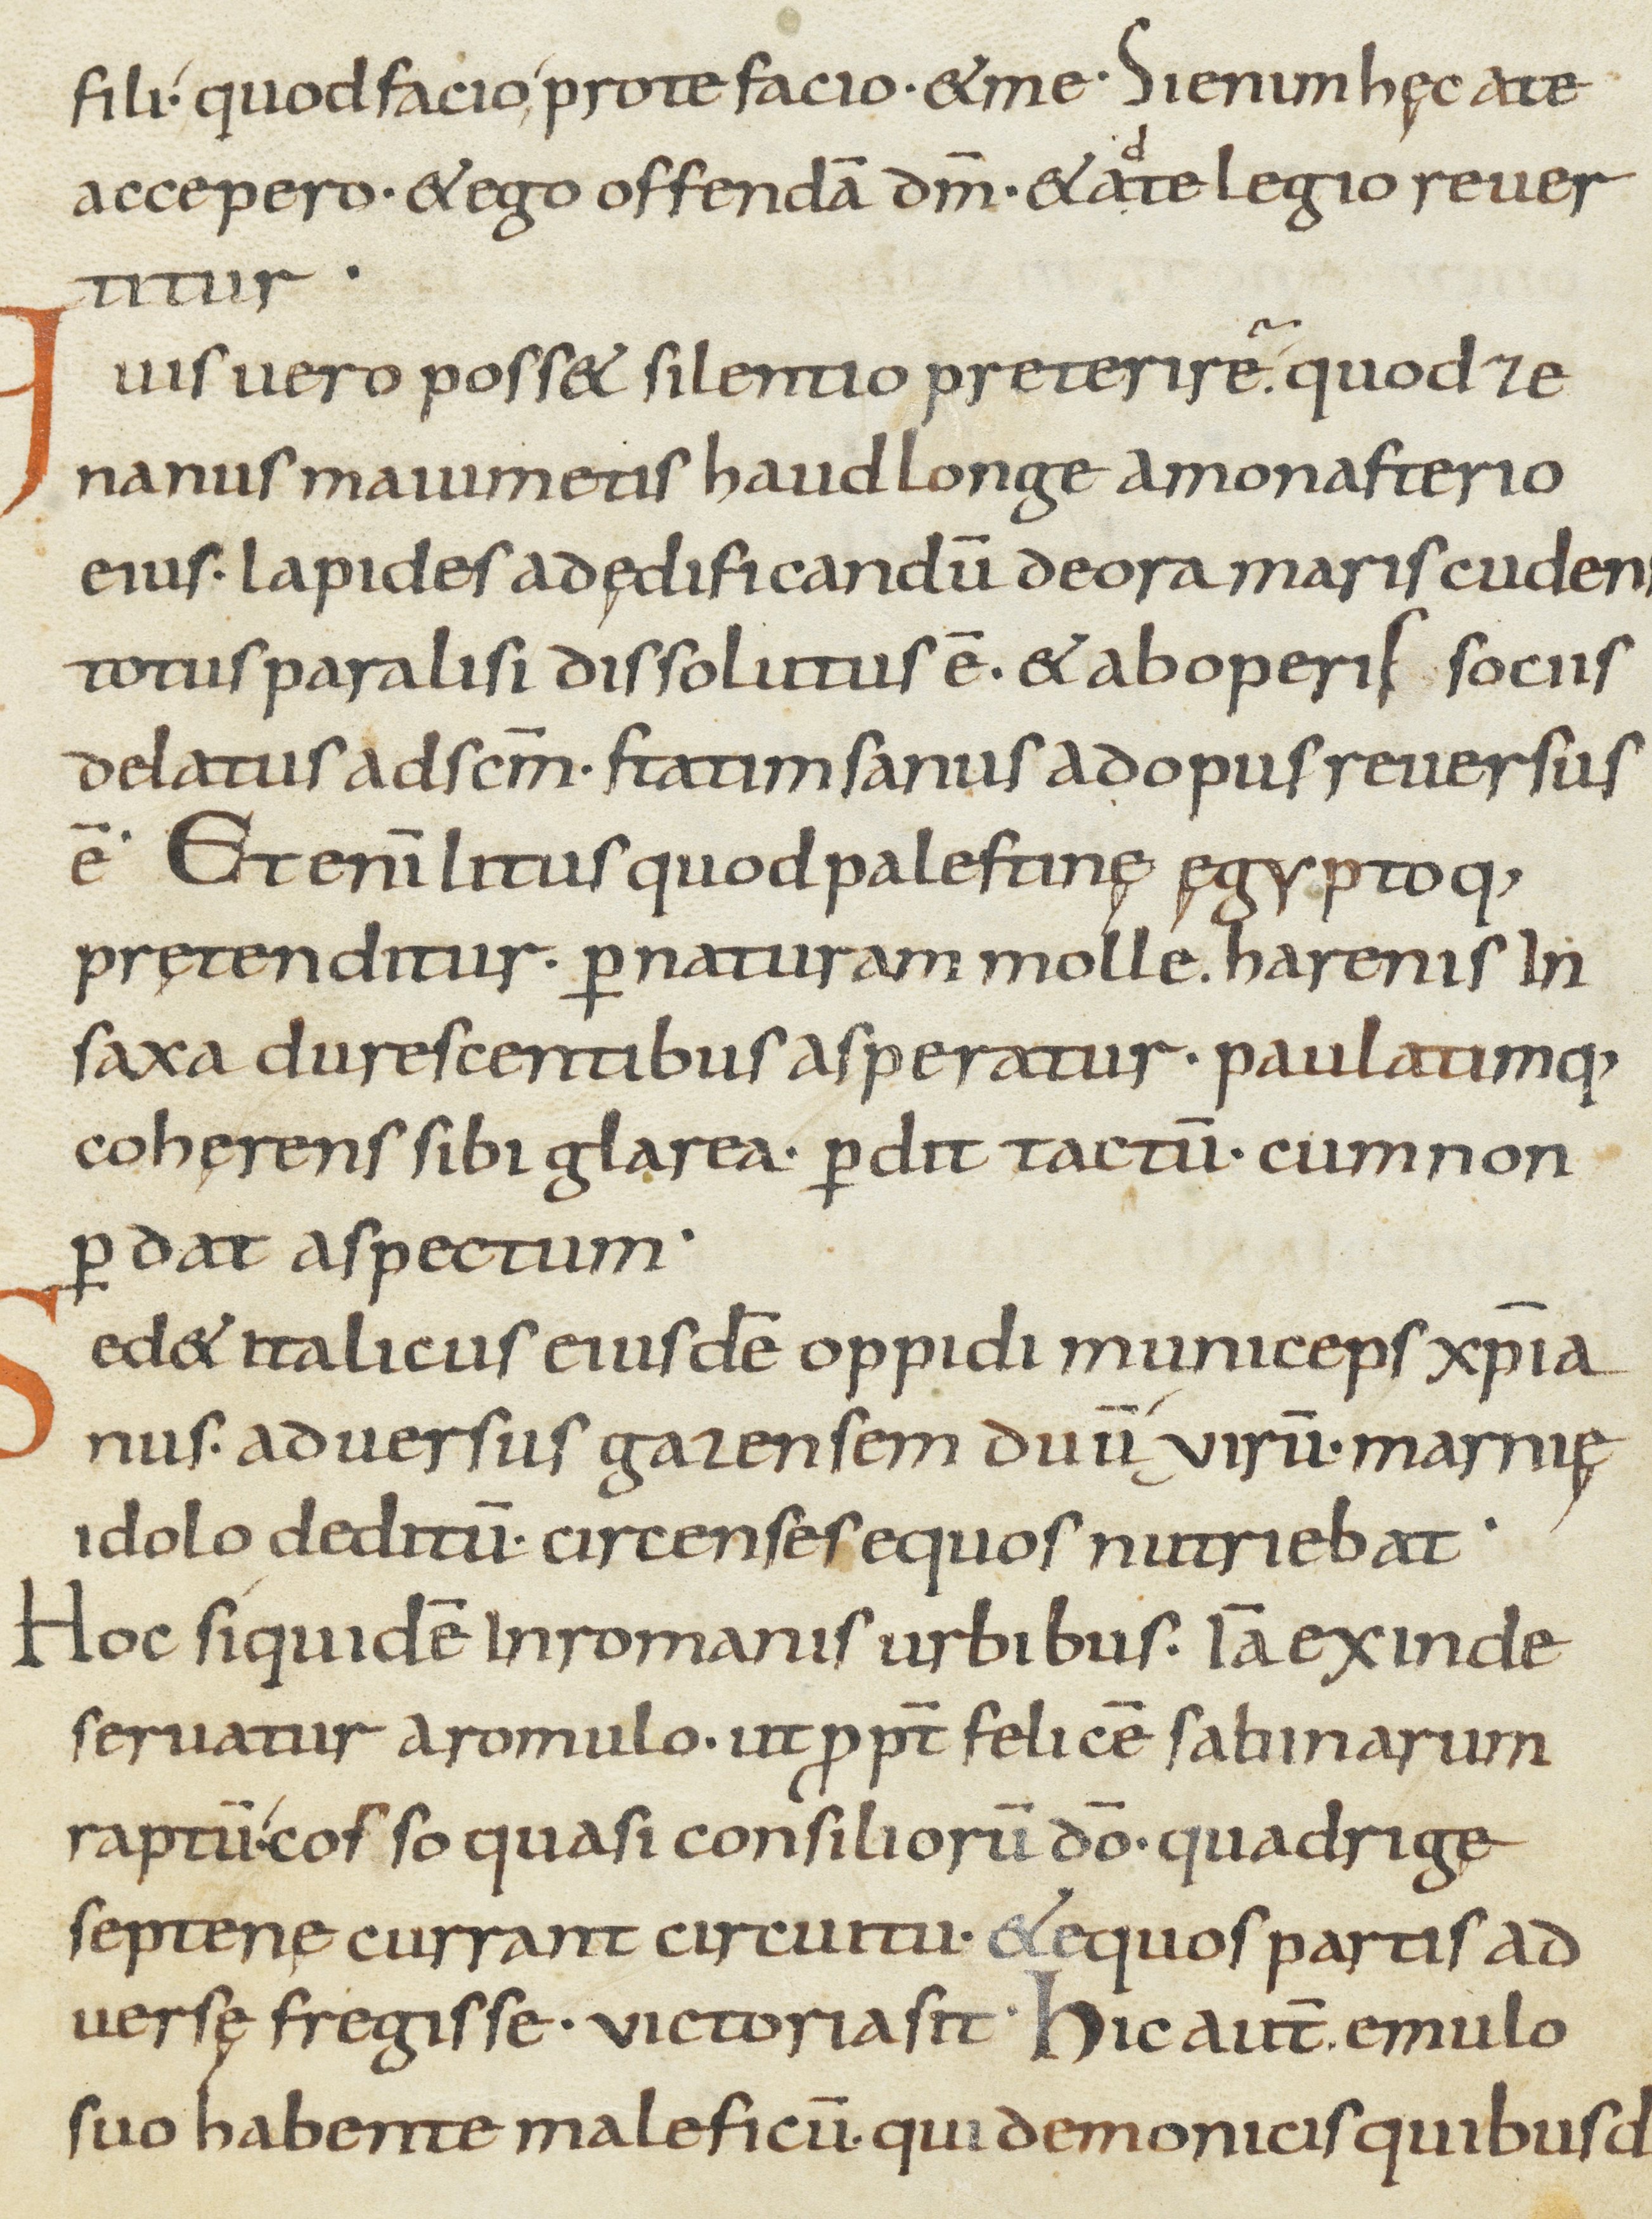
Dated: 800–899